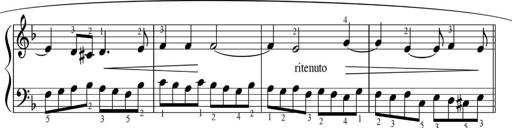
Title: Sonatinas
Composer: Andrew Violette